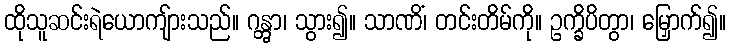
ထိုသူဆင်းရဲယောကျ်ားသည်။ ဂန္တွာ၊ သွား၍။ သာဏိံ၊ တင်းတိမ်ကို။ ဥက္ခိပိတွာ၊ မြှောက်၍။